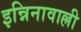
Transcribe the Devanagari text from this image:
इन्निनावाल्ली